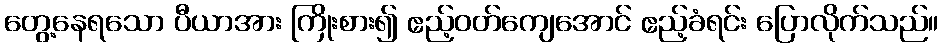
တွေ့နေရသော ပီယာအား ကြိုးစား၍ ဧည့်ဝတ်ကျေအောင် ဧည့်ခံရင်း ပြောလိုက်သည်။